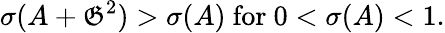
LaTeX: \sigma(A+{\mathfrak{G}}^{2})>\sigma(A){\mathrm{~for~}}0<\sigma(A)<1.